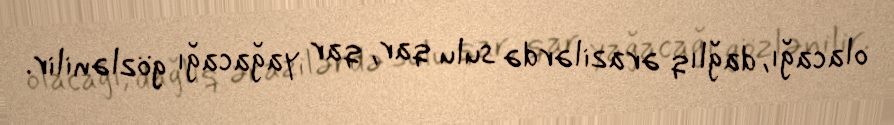
olacağı, dağlıq ərazilərdə sulu qar, qar yağacağı gözlənilir.